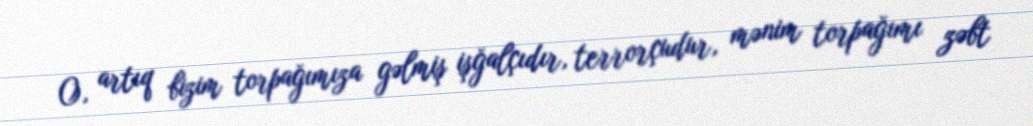
O, artıq bizim torpağımıza gəlmiş işğalçıdır, terrorçudur, mənim torpağımı zəbt